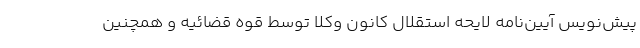
پیش‌نویس آیین‌نامه لایحه استقلال کانون وکلا توسط قوه قضائیه و همچنین